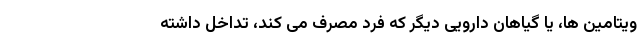
ویتامین ها، یا گیاهان دارویی دیگر که فرد مصرف می کند، تداخل داشته